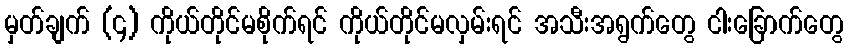
မှတ်ချက် (၄) ကိုယ်တိုင်မစိုက်ရင် ကိုယ်တိုင်မလှမ်းရင် အသီးအရွက်တွေ ငါးခြောက်တွေ